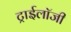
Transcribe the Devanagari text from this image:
ट्राईलॉजी